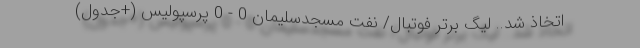
اتخاذ شد.. لیگ برتر فوتبال/ نفت مسجدسلیمان 0 - 0 پرسپولیس (+جدول)